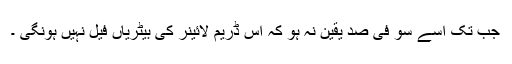
جب تک اُسے سو فی صد یقین نہ ہو کہ اس ڈریم لائینر کی بیٹریاں فیل نہیں ہونگی ۔